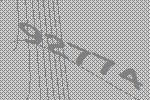
92774